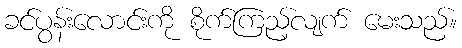
ခင်ပွန်းလောင်းကို စိုက်ကြည့်လျက် မေးသည်။